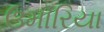
ઉમારિયા